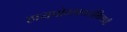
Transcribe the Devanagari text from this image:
हायपोग्लायसेमियाची